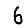
Digit: 6